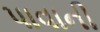
પાવાની